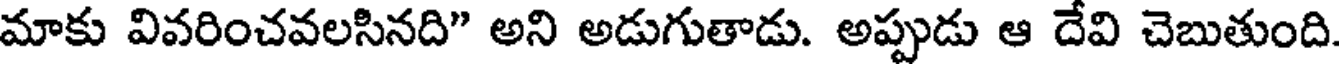
మాకు వివరించవలసినది" అని అడుగుతాడు. అప్పుడు ఆ దేవి చెబుతుంది